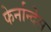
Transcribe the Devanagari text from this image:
फेर्नान्देस